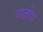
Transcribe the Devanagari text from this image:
याज्ञीय